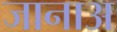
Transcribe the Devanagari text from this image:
जानाअ